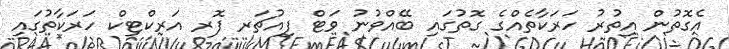
އެގޮތުން އިތުރު ހަރަކާތެއްގެ ގޮތުގައި ބޭއްވުނު ވަޓް ފިއުޗަރ ފޮރ އަރކްޓިކް ހަރަކާތުގައި